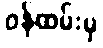
ဝန်ထမ်းမှ